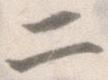
二